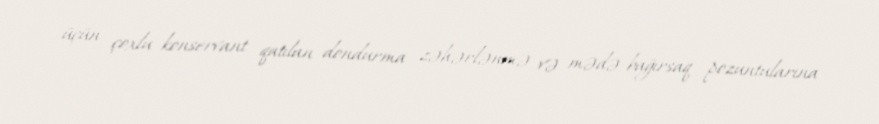
üçün çoxlu konservant qatılan dondurma zəhərlənmə və mədə-bağırsaq pozuntularına